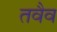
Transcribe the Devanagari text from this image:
तवैव